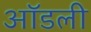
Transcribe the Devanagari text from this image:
ऑडली